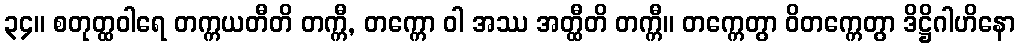
၃၄။ စတုတ္ထဝါရေ တက္ကယတီတိ တက္ကီ, တက္ကော ဝါ အဿ အတ္ထီတိ တက္ကီ။ တက္ကေတွာ ဝိတက္ကေတွာ ဒိဋ္ဌိဂါဟိနော